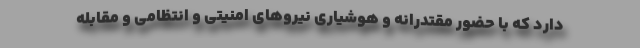
دارد که با حضور مقتدرانه و هوشیاری نیروهای امنیتی و انتظامی و مقابله